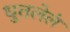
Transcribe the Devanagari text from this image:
धुतलेलं